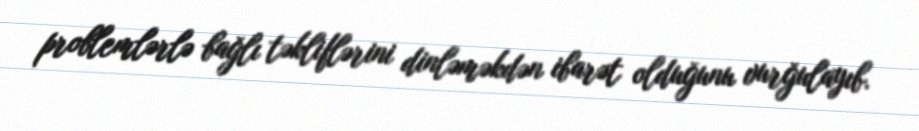
problemlərlə bağlı təkliflərini dinləməkdən ibarət olduğunu vurğulayıb.